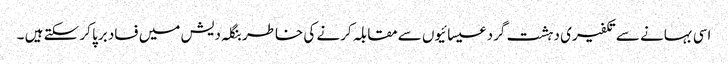
اسی بہانے سے تکفیری دہشت گرد عیسائیوں سے مقابلہ کرنے کی خاطر بنگلہ دیش میں فساد برپا کر سکتے ہیں ۔